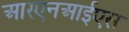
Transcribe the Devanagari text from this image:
आरएनआईएस